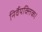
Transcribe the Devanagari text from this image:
निर्वैयक्तिक।